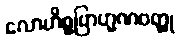
လောဟိစ္စဗြာဟ္မဏဝတ္ထု